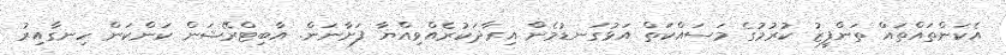
އެކަންތައްތައް ތަންފީޒު ކުރުމުގެ މަސައްކަތް އަޅުގަނޑުމެން އިރާދަކުރެއްވިއްޔާ ފަށާނަން. އާބިޓްރޭޝަން ކަންކަން ހިނގާއިރު